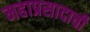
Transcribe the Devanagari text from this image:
महाप्रसादाची